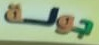
جولة